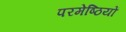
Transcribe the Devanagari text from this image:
परमेष्ठियों